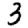
Digit: 3